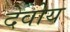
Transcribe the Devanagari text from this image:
देवोय